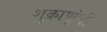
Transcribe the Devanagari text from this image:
शुक्राणूंची